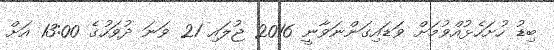
ބިޑު ހުށަހެޅުއްވުމަށް ވަޑައިގަންނަވާނީ 2016 ޖުލައި 21 ވަނަ ދުވަހުގެ 13:00 އަށް